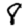
Digit: 8